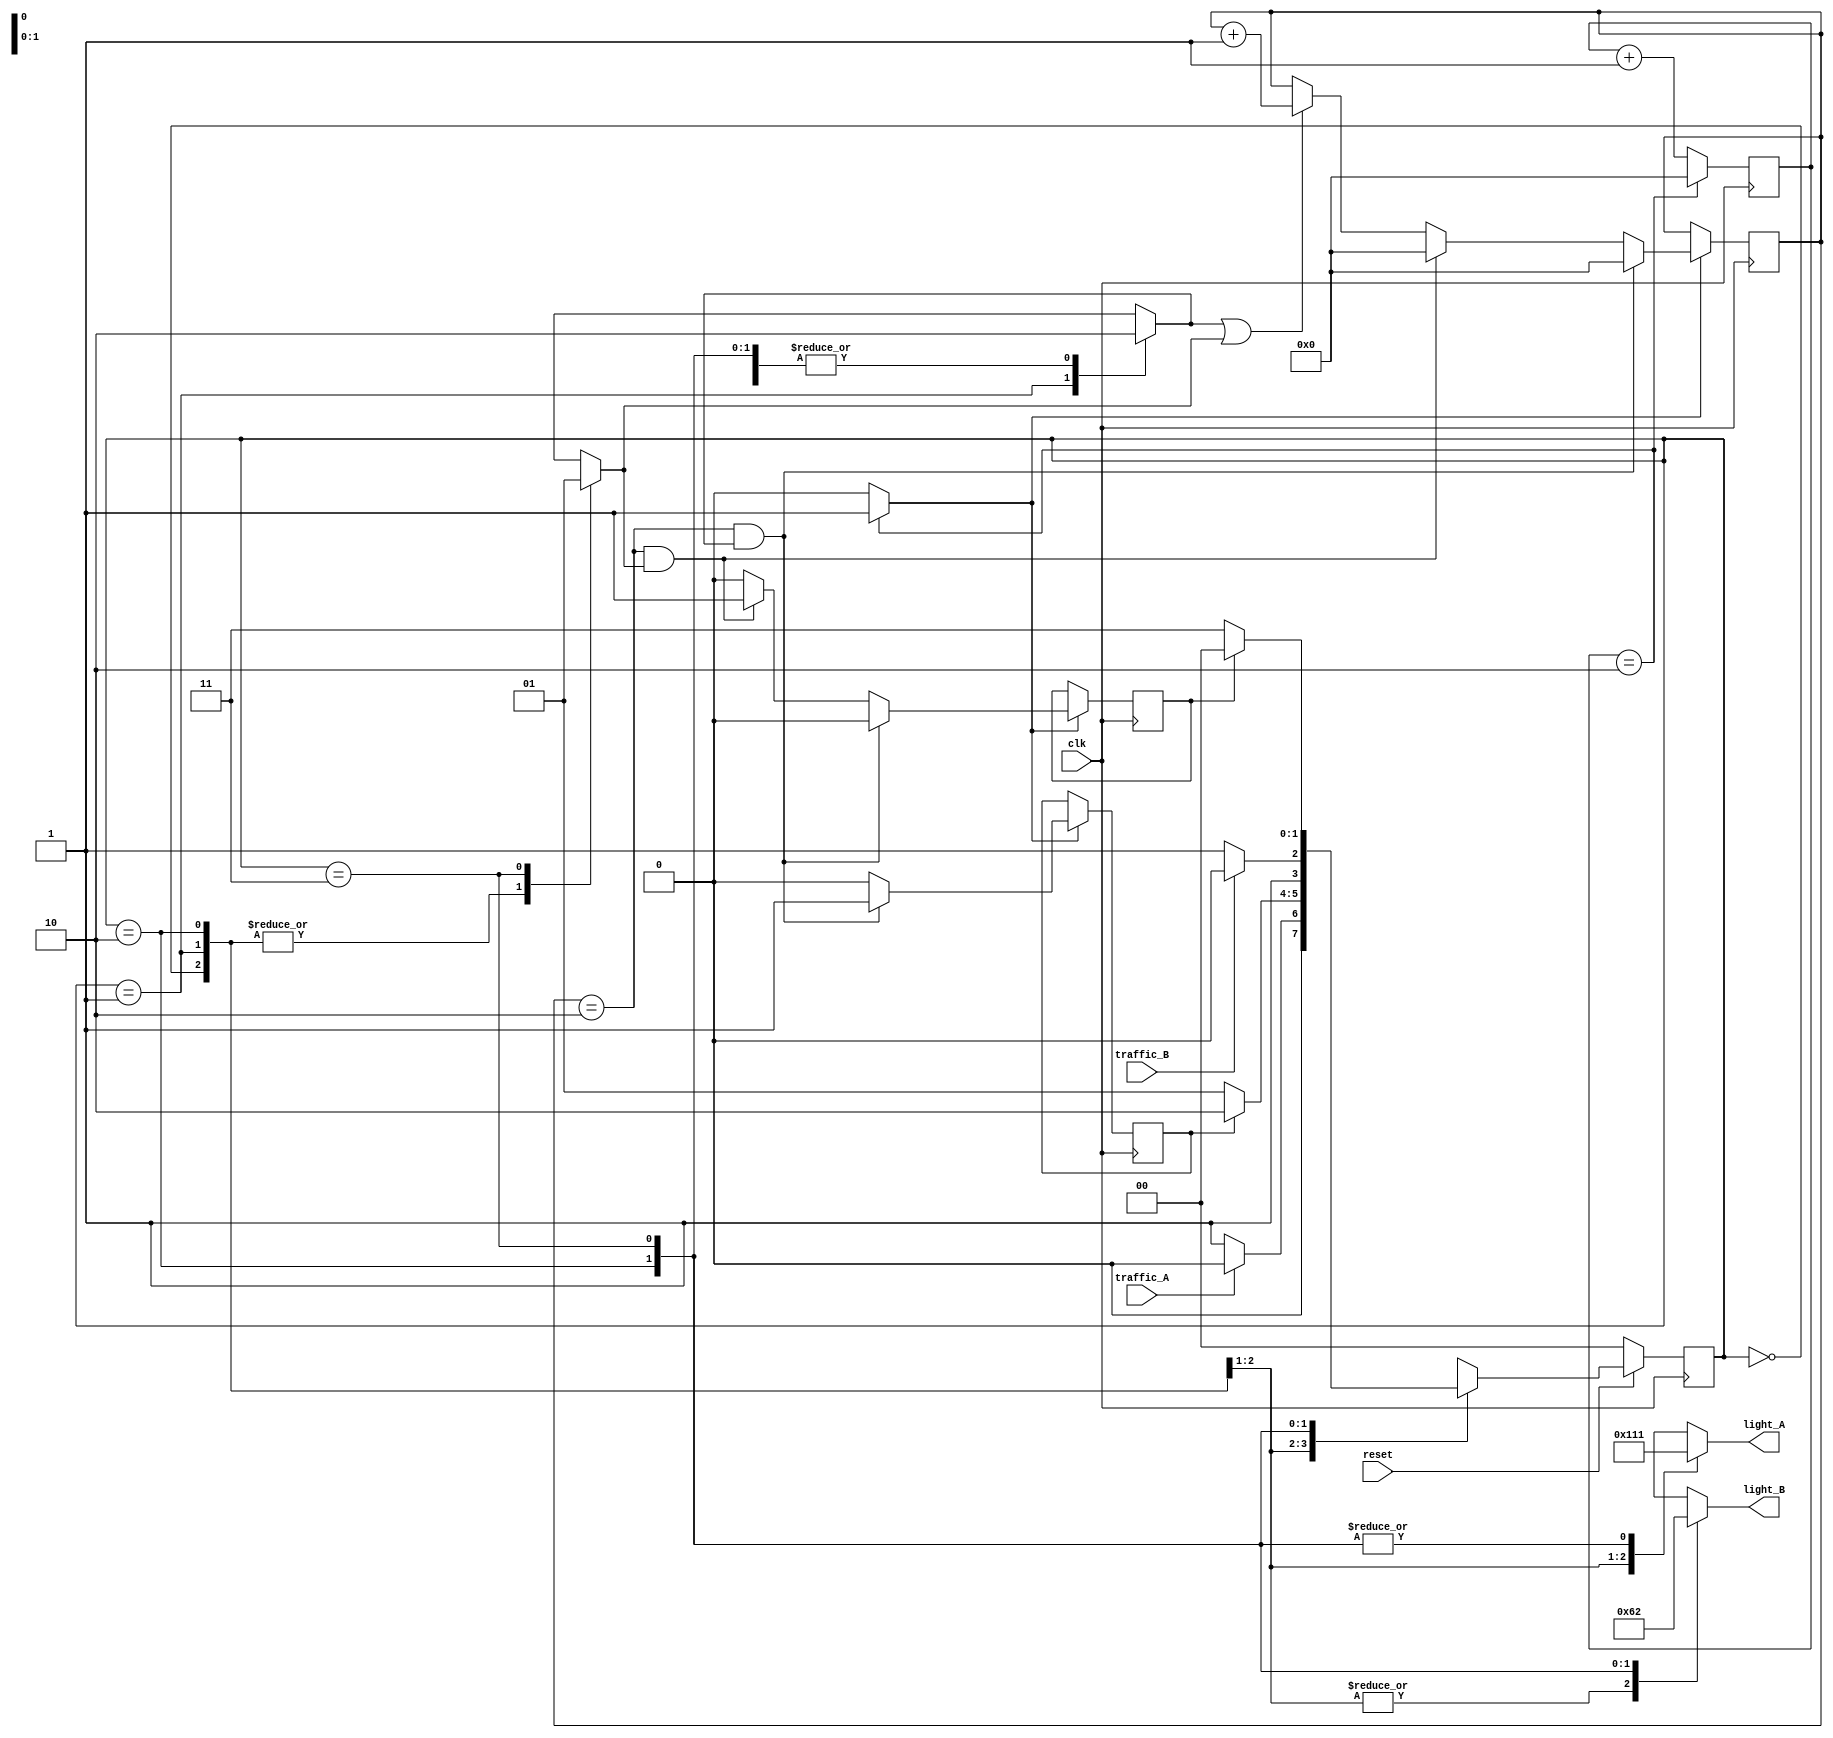
// ACLC1K64-UET-VNU
// Trafic light
// 2 traffic sensor TA, TB
// 2 routes LA, LB
module trafficlight 
	(
		input clk,//clock = 50MHz in real life
		input reset, // active low
		input traffic_A, // = 1 traffic in A
		input traffic_B, // = 1 traffic in B
		output reg [2:0] light_A,
		output reg [2:0] light_B
		// Bit    2			 1			  0
		// Light green 	yellow 	red
		// output of lights
	);
parameter 
	S0 = 2'b00, //S0 : LA : green, LB : red
	S1 = 2'b01, //S1 : LA : yellow, LB : red
	S2 = 2'b10, //S2 : LA : red, LB : green
	S3 = 2'b11; //S3 : LA : red, LB : yellow
/////////////////////////////////////////////////
wire clk_enable; // clock enable signal for 1s
reg [1:0] current_state, next_state;
reg yellow_count_A = 0, yellow_count_B = 0; // counting signal enable
reg yellow_A = 0, yellow_B = 0; // full count signal 
reg [27:0] count_delay = 0, count_reg = 0 ;
// state
always @ ( posedge clk )
	begin
		if ( ~reset )
			current_state <= 2'b00;
		else
			current_state <= next_state;
	end
/////////////////////////////////////////////////
// fsm
always @ (*)
	begin	
		case ( current_state )
			/////////////////////
			S0 : begin // LA : green, LB : red
					yellow_count_A = 0;
					yellow_count_B = 0;
					light_A = 3'b100;
					light_B = 3'b001;
				if ( ~traffic_A ) next_state = S1;
				else next_state = S0;
				end
				/////////////////////
			S1 : begin // LA : yellow, LB : red
					light_A = 3'b010;
					light_B = 3'b001;
					yellow_count_A = 1;
					yellow_count_B = 0;
				if ( yellow_A ) next_state = S2;
				//yellow time for 3s, then LA = red, LB = green
				else next_state = S1;
				end
				////////////////////
			S2 : begin // LA: red, LB : green
					light_A = 3'b001;
					light_B = 3'b100;
					yellow_count_A = 0;
					yellow_count_B = 0;
				if ( ~traffic_B ) next_state = S3; 
				else next_state = S2;
				end
				///////////////////
			S3 : begin // LA : red, LB : yellow
					light_A = 3'b001;
					light_B = 3'b010;
					yellow_count_A = 0;
					yellow_count_B = 1;
				if ( yellow_B ) next_state = S0;
				// yellow time for 3s, then LB = red, LB = green
				else next_state = S3;
				end
			default : next_state = S0;
		endcase
	end
//////////////////////////
// counting
always @ ( posedge clk ) 
	begin
		if ( clk_enable == 1 ) 
			begin
				if ( yellow_count_A || yellow_count_B )
				count_delay <= count_delay + 1;
				if (( count_delay == 2 )&& yellow_count_A ) 
					begin
						yellow_A = 1;
						yellow_B = 0;
						count_delay <= 0;
					end
				else if ((count_delay == 2 )&& yellow_count_B )
					begin
						yellow_A = 0;
						yellow_B = 1;
						count_delay <= 0;
					end
				else 
					begin
						yellow_A = 0;
						yellow_B = 0;
					end
				end
			end
/////////////////////////
// 1s clock enable 
always @ ( posedge clk )
	begin	
		count_reg <= count_reg + 1;
		
		if ( count_reg == 2 ) // clock cycle * 3 = 1s
		// example for testbench
		count_reg <= 0;
	end 
////////////////////////////
assign clk_enable = count_reg == 2 ? 1 : 0;//khi count_reg = 2 th clk_enable =1, cn li th ena = 0
endmodule